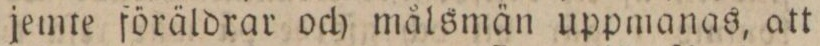
jemte föräldrar och målsmän uppmanas, att